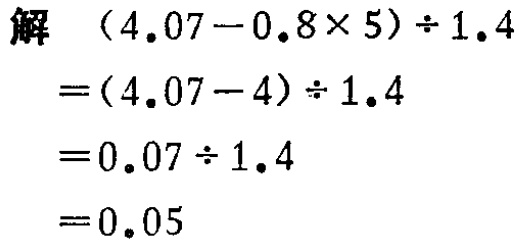
解

\[

\begin{align*}

&(4.07 - 0.8\times5)\div1.4\\

=&(4.07 - 4)\div1.4\\

=&0.07\div1.4\\

=&0.05

\end{align*}

\]